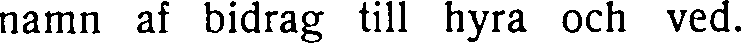
namn af bidrag till hyra och ved.